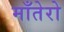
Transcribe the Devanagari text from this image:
माँतेरो